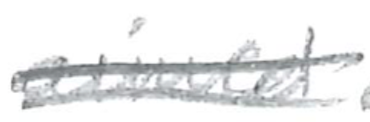
Text: aimed
Cross-out: double-line
Writing tool: pencil